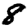
Digit: 8